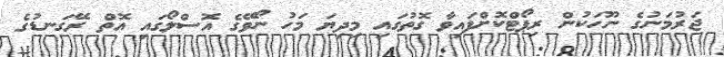
ޖަރުމަނުގެ ނޫހަކުން ރިޕޯޓްކޮށްފައިވާ ގޮތުގައި މިދިޔަ މަހު ނޯވޭގެ އޮސްލޯގައި އޮތް ރޭގަނޑުގެ